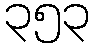
၃၅၃